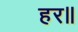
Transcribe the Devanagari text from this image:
हर॥